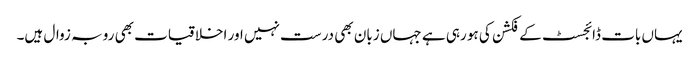
یہاں بات ڈائجسٹ کے فکشن کی ہو رہی ہے جہاں زبان بھی درست نہیں اور اخلاقیات بھی رو بہ زوال ہیں۔